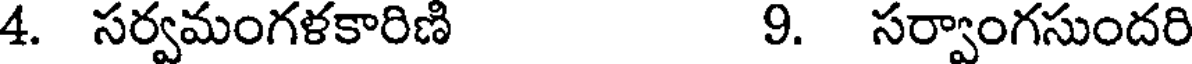
4. సర్వమంగళకారిణి 9. సర్వాంగసుందరి